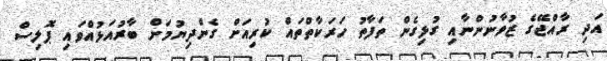
އަދި ރާއްޖޭގެ ޒުވާނުންނާއި ގުޅިގެން ތަފާތު ހަރަކާތްތައް ކުރިއަށް ގެންދިޔުމަށް ބާރުއަޅުއްވައި ޕޮލިސް